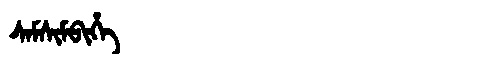
Manchu: ᠰᠠᠮᠰᡳᠮᠪᡳᡥᡝ
Romanization: SAMSIMBIHE